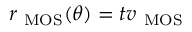
r _ { \mathrm { \ M O S { } } } ( \theta ) = t v _ { \mathrm { \ M O S { } } }